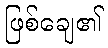
ဖြစ်ချေ၏